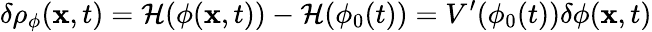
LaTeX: \delta\rho_{\phi}({\mathbf x},t)={\cal H}(\phi({\mathbf x},t))-{\cal H}(\phi_{0}(t))=V^{\prime}(\phi_{0}(t))\delta\phi({\mathbf x},t)